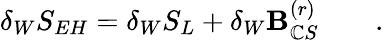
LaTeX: \delta_{W}S_{EH}=\delta_{W}S_{L}+\delta_{W}{\cal\mathbf{B}}_{\mathbb{C}S}^{(r)}\qquad.